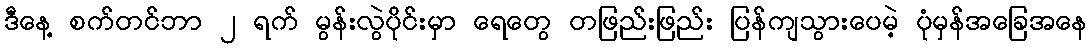
ဒီနေ့ စက်တင်ဘာ ၂ ရက် မွန်းလွဲပိုင်းမှာ ရေတွေ တဖြည်းဖြည်း ပြန်ကျသွားပေမဲ့ ပုံမှန်အခြေအနေ